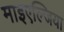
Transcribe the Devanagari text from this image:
माइएल्जिया